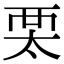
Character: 𧟧